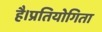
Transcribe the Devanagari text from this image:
है।प्रतियोगिता